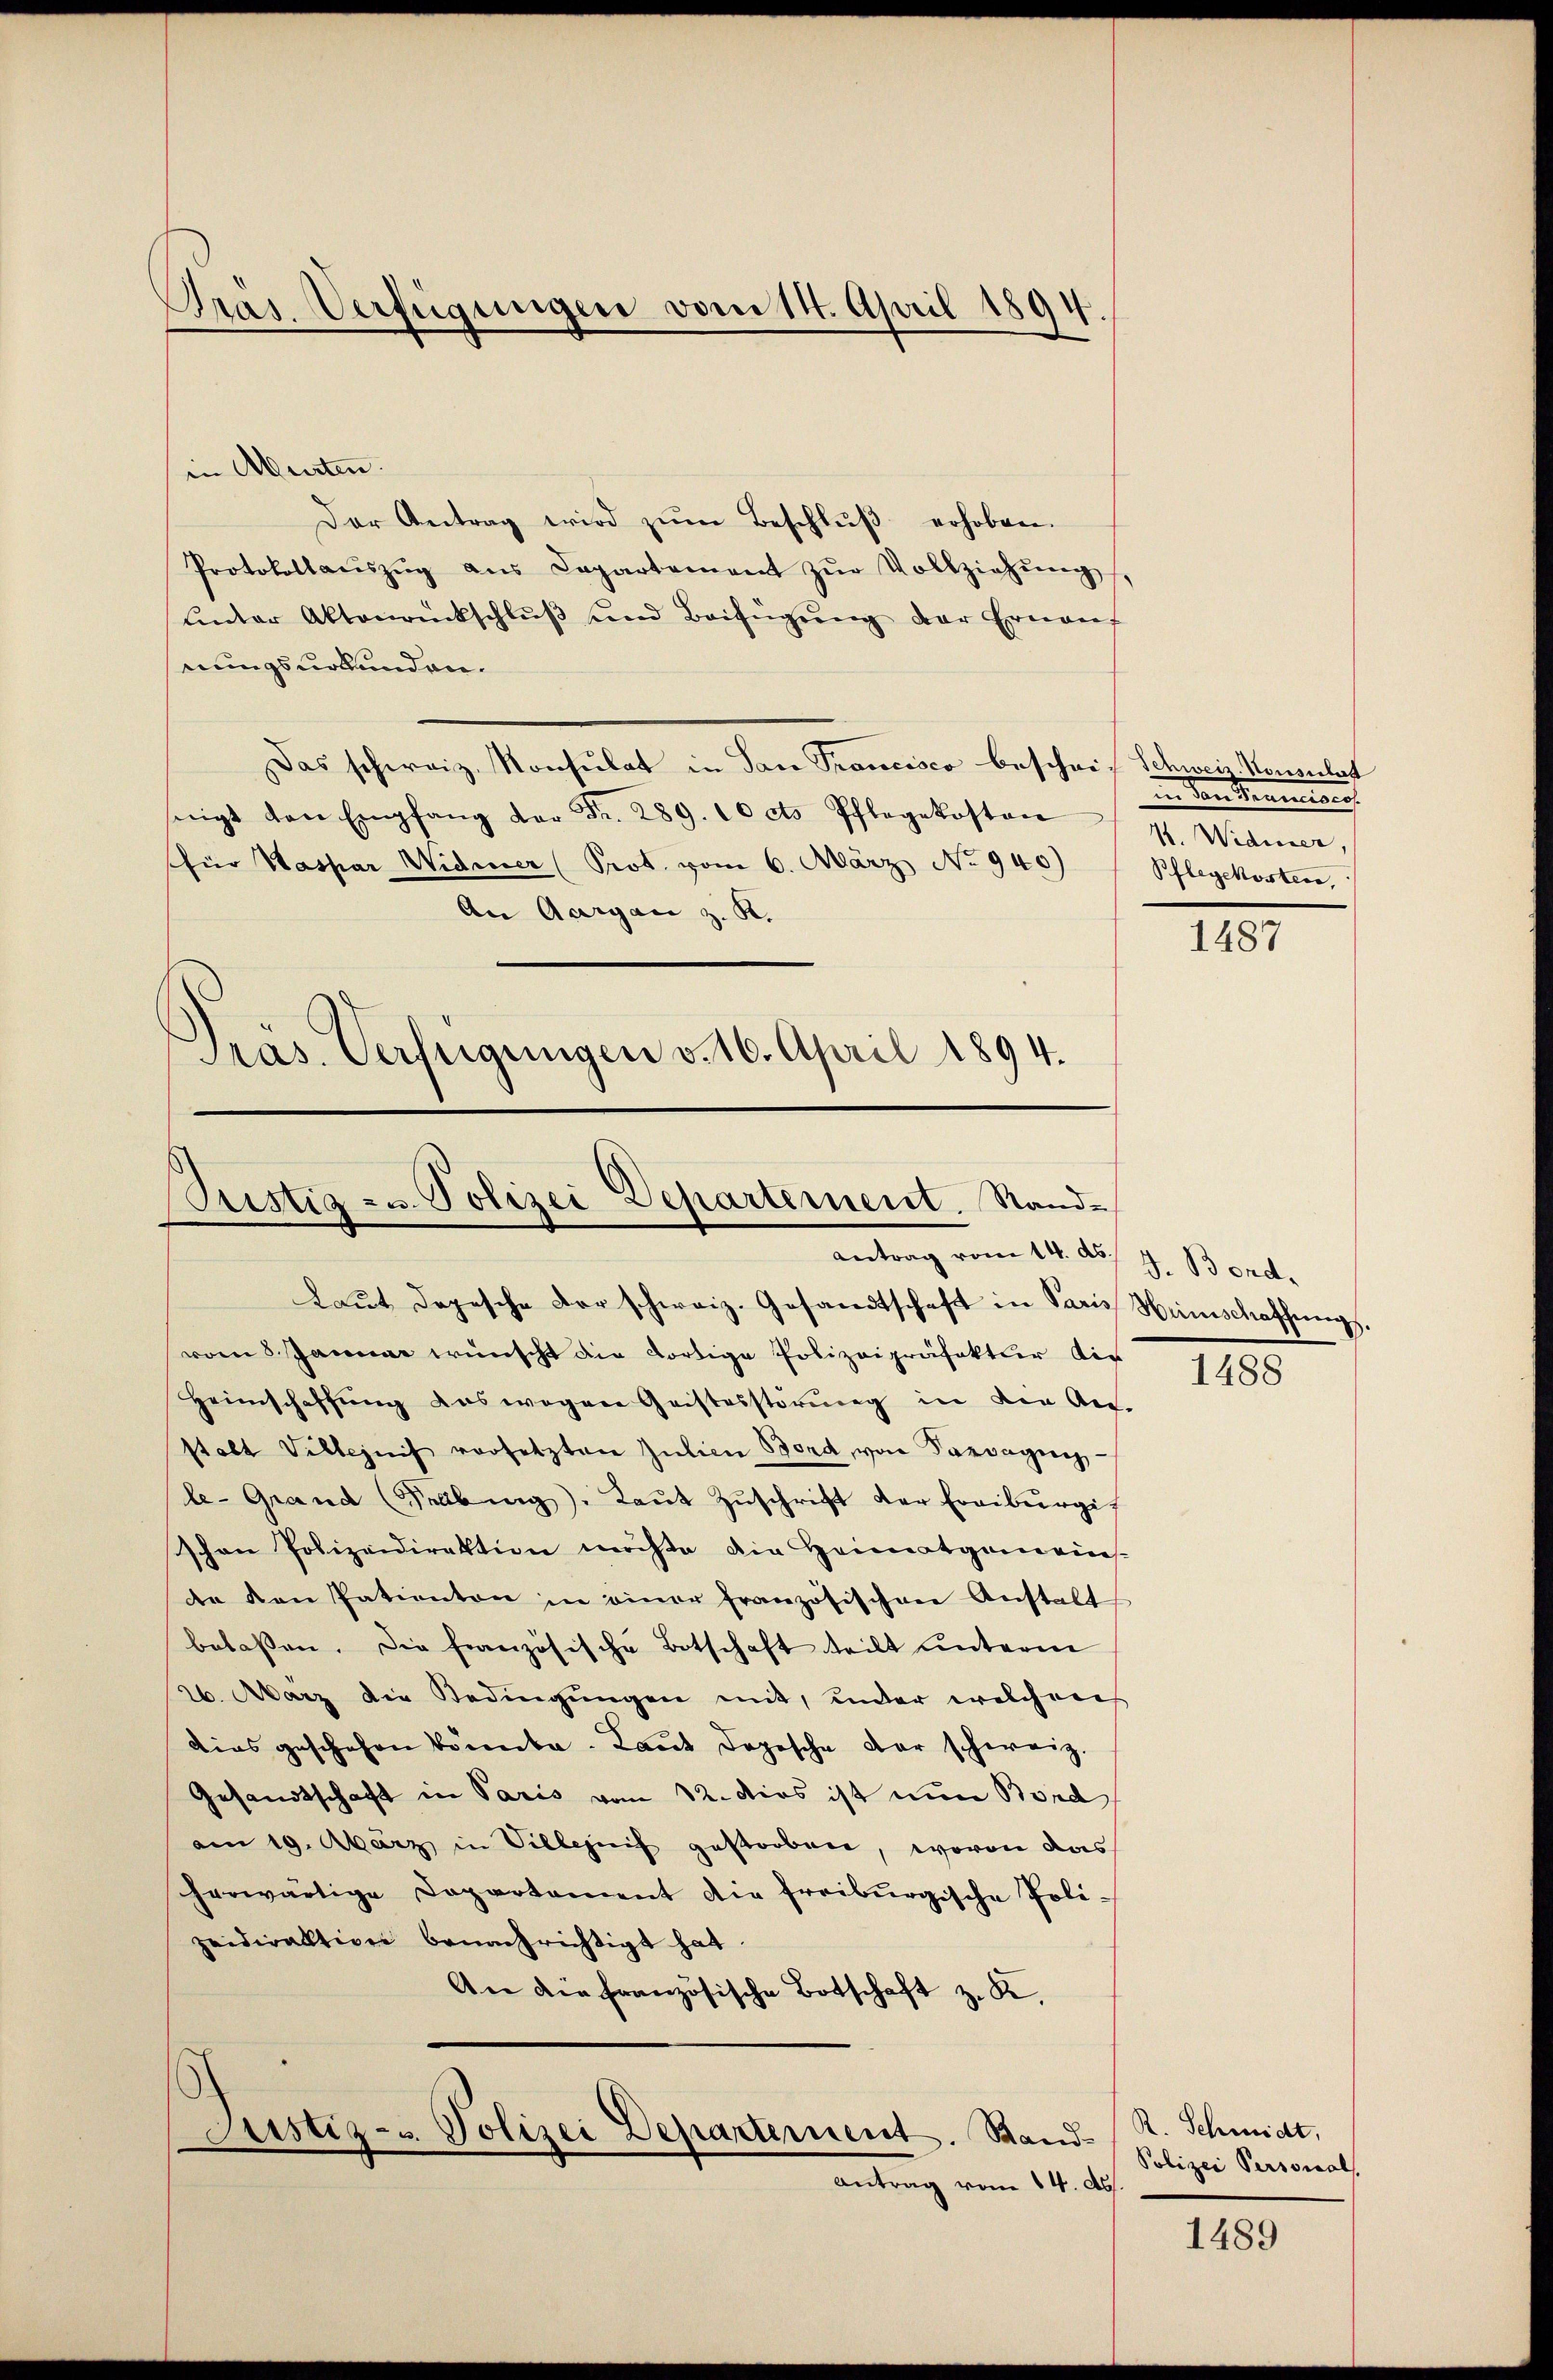
Pras. Verfügungen vom 14. April 1894

Der Antrag wird zŭm Beschlŭβ erhoben.
Protokollaŭszŭg aŭs Departement zŭr Vollziehŭng,
ŭnter Aktenrückschlŭβ und Beifügŭng der Ernan
nungsurkunden.
Das schweiz. Konsulat in Pare Trancisco beschrif Schweiz. Konsulat
seigt den Empfang der Fr. 289. 10 cts Pflegekosten
für Kaspar Widerer (Prot. vom 6. März No. 940)
An Aargau z. B.

in Meisten.

Präs. Verfügungen v. 16. April 1894.
Pristiz- u. Polizei Departement. Sand¬
Antrag vom 14. d. J. Bord¬

Laŭt dopesche Forschweiz. Gesandtschaft in Paris Heimschaffung.
vom 5. Januar wünscht die dortige Polizeipräfekter die
Heimschaffung deswegen Geistesstörung in die An-
stalt Villezeich vorsetzten Julien Bord von Paragung
le-Grand (Felburg. Raŭt Zŭschrift der Freiburgischon Polizeidirektion möchte die Heimatgemeins-
de von Patienten in einer französischen Anstalt
belassen. Die französische Botschaft teilt unterm
26. Aarz die Bedingungen mit, unter welchen
dies geschehen könnte. Laŭt dopische der schweiz.
Gesandtschaft in Paris vom 12. Dies ist nun Bord
am 19. März in Silber gestorben, wovon das
herwärtige Departement die freiburgische Poli-
zeidirektion benachrichtigt hat.
An die französische Botschaft z. K.

Justiz- u. Polizei Departement. Stand-
Antrag vom 14. d.

in den Sommen
1. Widmer,
Pflegekosten,

1487

1488

R. Schmidt,
Polizei Personals.

1489